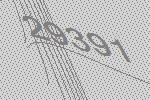
29391